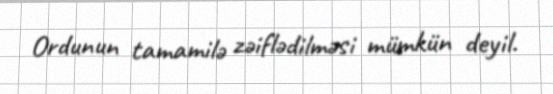
Ordunun tamamilə zəiflədilməsi mümkün deyil.